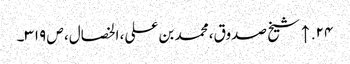
۲۴. ↑ شیخ صدوق، محمد بن علی، الخصال، ص ۳۱۹۔